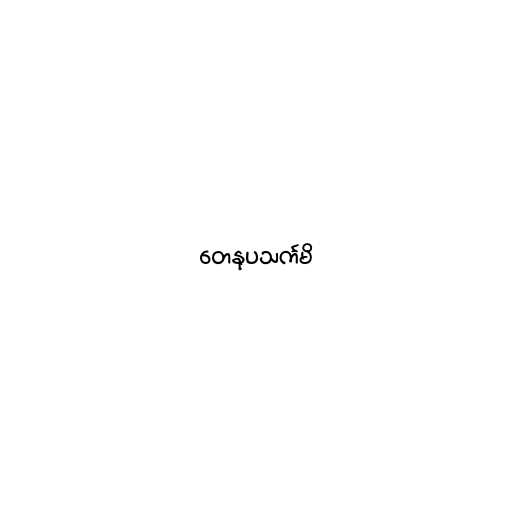
တေနုပသင်္ကမိ